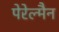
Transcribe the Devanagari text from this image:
पेरेल्मैन